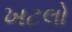
ખટલો